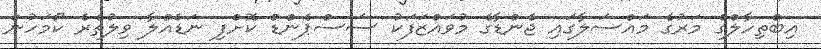
އިބްތިހާލްގެ މަރުގެ މައްސަލާގައި ޖެންޑާގެ މުވައްޒަފަކު ސަސްޕެންޑް ކޮށްފި ނަޑެއްލާ ވިލުތެރެ ކޯމަހުން